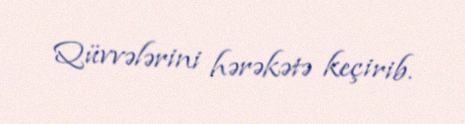
Qüvvələrini hərəkətə keçirib.